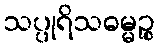
သပ္ပုရိသဓမ္မဉ္စ